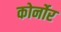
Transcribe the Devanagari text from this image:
कोर्नोर